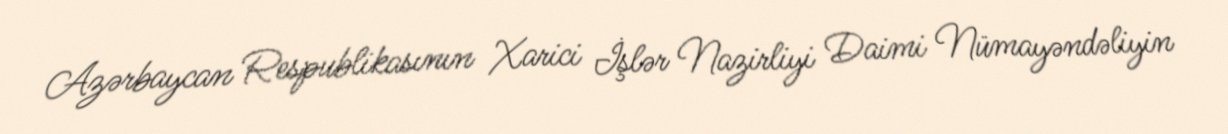
Azərbaycan Respublikasının Xarici İşlər Nazirliyi Daimi Nümayəndəliyin